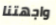
واجهتنا